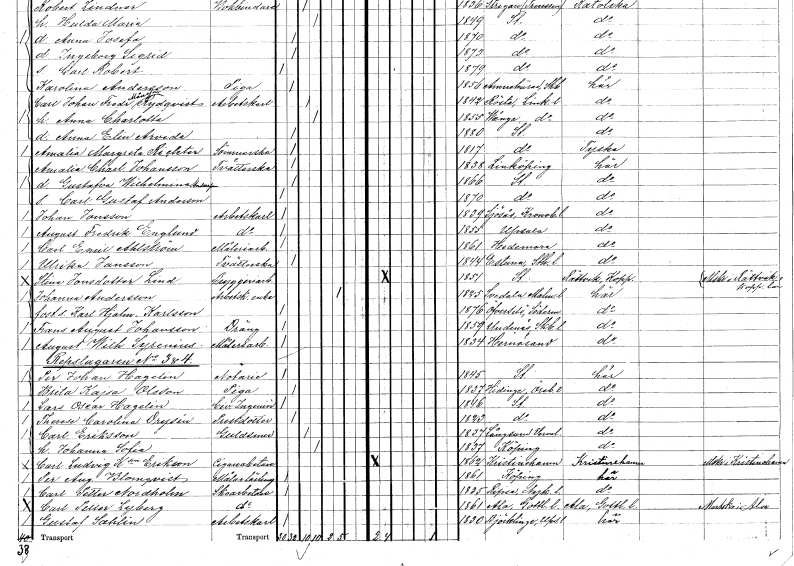
gt_parse: households: individuals: FN: Carl Gustaf
EN: Anderson
KON: M
CIV: O
FODAR: 1870
FODFORS: Stockholm
FN: Johan
EN: Jonsson
YRKE: Arbetskarl
KON: M
CIV: O
FODAR: 1839
FODFORS: Sjösås Kronobergs län
FN: August Fredrik
EN: Englund
YRKE: Arbetskarl
KON: M
CIV: O
FODAR: 1855
FODFORS: Uppsala Uppsala län
FN: Carl Emil
EN: Ahlström
YRKE: Måleriarbetare
KON: M
CIV: O
FODAR: 1861
FODFORS: Hedemora Kopparbergs län
FN: Ulrika
EN: Jansson
YRKE: Tvätterska
KON: K
CIV: O
FODAR: 1844
FODFORS: Estuna Stockholms län
FN: Stina
EN: Jonsdotter Lind
YRKE: Bryggeriarbetare
KON: K
CIV: O
FODAR: 1851
FODFORS: Stockholm
FN: Johanna
EN: Andersson
YRKE: Arbetsk.änka
KON: K
CIV: E
FODAR: 1825
FODFORS: Svedala Malmöhus län
FN: Karl Hjalmar
EN: Karlsson
KON: M
CIV: O
FODAR: 1876
FODFORS: Överselö Södermanlands län
FN: Frans August
EN: Johansson
YRKE: Dräng
KON: M
CIV: O
FODAR: 1859
FODFORS: Undenäs Skaraborgs län
FN: August Wilhelm
EN: Syrenius
YRKE: Måleriarbetare
KON: M
CIV: O
FODAR: 1834
FODFORS: Härnösand Västernorrlands län
FN: Per Johan
EN: Hagelin
YRKE: Notarie
KON: M
CIV: O
FODAR: 1845
FODFORS: Stockholm
FN: Brita Kajsa
EN: Olsson
YRKE: Piga
KON: K
CIV: O
FODAR: 1837
FODFORS: Hidinge Örebro län
FN: Lars Oscar
EN: Hagelin
YRKE: Civilingenjör
KON: M
CIV: O
FODAR: 1846
FODFORS: Stockholm
FN: Therese Carolina
EN: Drysén
YRKE: Prästdotter
KON: K
CIV: O
FODAR: 1823
FODFORS: Stockholm
FN: Carl
EN: Eriksson
YRKE: Guldsmed
KON: M
CIV: G
FODAR: 1837
FODFORS: Långserud Värmlands län
FN: Johanna Sofia
KON: K
CIV: G
FODAR: 1837
FN: Carl Ludvig
EN: K:son Erikson
YRKE: Cigarrarbetare
KON: M
CIV: O
FODAR: 1862
FODFORS: Kristinehamn Värmlands län
FN: Per August
EN: Blomqvist
YRKE: Målarelärling
KON: M
CIV: O
FODAR: 1861
FN: Carl Petter
EN: Nordholm
YRKE: Skoarbetare
KON: M
CIV: O
FODAR: 1835
FODFORS: Ripsa Södermanlands län
FN: Carl Petter
EN: Lyberg
YRKE: Skoarbetare
KON: M
CIV: O
FODAR: 1861
FODFORS: Ala Gotlands län
FN: Gustaf
EN: Sahlin
YRKE: Arbetskarl
KON: M
CIV: O
FODAR: 1830
FODFORS: Björklinge Uppsala län